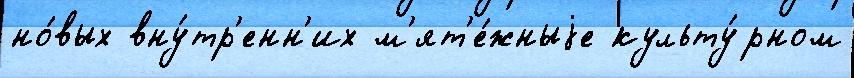
но́вых вну́тр'енн'их м'ят'е́жныjе культу́рном